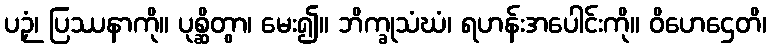
ပဉှံ၊ ပြဿနာကို။ ပုစ္ဆိတွာ၊ မေး၍။ ဘိက္ခုသံဃံ၊ ရဟန်းအပေါင်းကို။ ဝိဟေဌေတိ၊